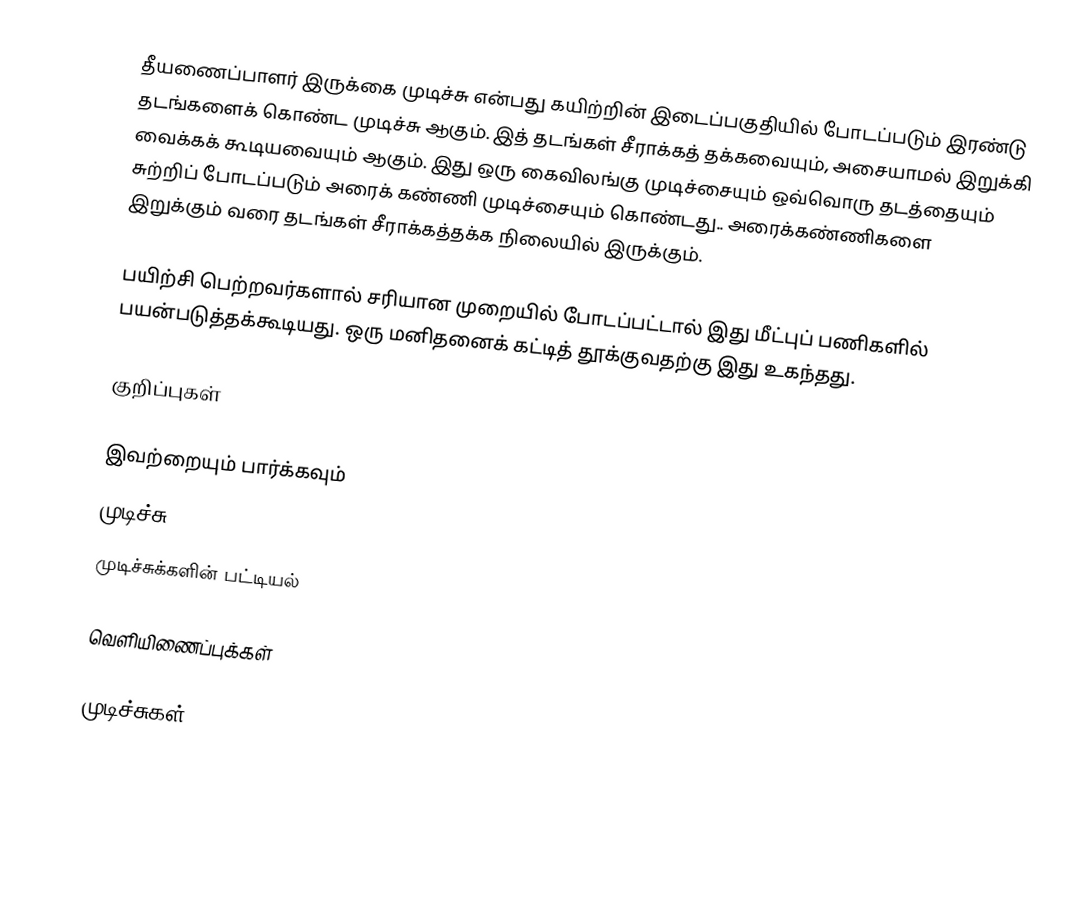
தீயணைப்பாளர் இருக்கை முடிச்சு என்பது கயிற்றின் இடைப்பகுதியில் போடப்படும் இரண்டு தடங்களைக் கொண்ட முடிச்சு ஆகும். இத் தடங்கள் சீராக்கத் தக்கவையும், அசையாமல் இறுக்கி வைக்கக் கூடியவையும் ஆகும். இது ஒரு கைவிலங்கு முடிச்சையும் ஒவ்வொரு தடத்தையும் சுற்றிப் போடப்படும் அரைக் கண்ணி முடிச்சையும் கொண்டது.. அரைக்கண்ணிகளை இறுக்கும் வரை தடங்கள் சீராக்கத்தக்க நிலையில் இருக்கும்.

பயிற்சி பெற்றவர்களால் சரியான முறையில் போடப்பட்டால் இது மீட்புப் பணிகளில் பயன்படுத்தக்கூடியது. ஒரு மனிதனைக் கட்டித் தூக்குவதற்கு இது உகந்தது.

குறிப்புகள்

இவற்றையும் பார்க்கவும்
 முடிச்சு
 முடிச்சுக்களின் பட்டியல்

வெளியிணைப்புக்கள்

முடிச்சுகள்